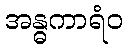
အန္ဓကာရံဝ